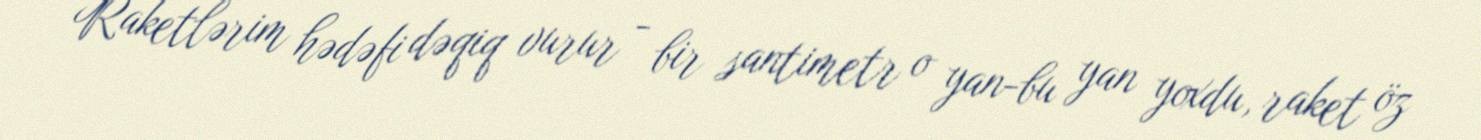
Raketlərim hədəfi dəqiq vurur - bir santimetr o yan-bu yan yoxdu, raket öz